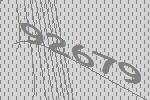
92679